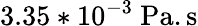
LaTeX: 3.35*10^{-3}~\mathrm{Pa}.\mathrm{s}